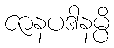
ဇာနပဒါနမ္ပိ